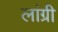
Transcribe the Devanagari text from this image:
लांग्री